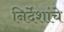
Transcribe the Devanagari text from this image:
निर्देशांचे